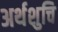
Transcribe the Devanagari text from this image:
अर्थशुचि